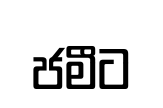
ජමීට